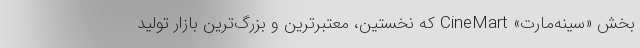
بخش «سینه‌مارت» CineMart که نخستین، معتبرترین و بزرگ‌ترین بازار تولید